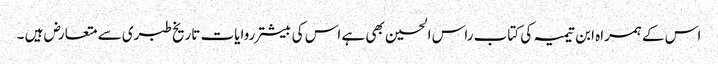
اس کے ہمراہ ابن تیمیہ کی کتاب راس الحسین بھی ہے اس کی بیشتر روایات تاریخ طبری سے متعارض ہیں ۔